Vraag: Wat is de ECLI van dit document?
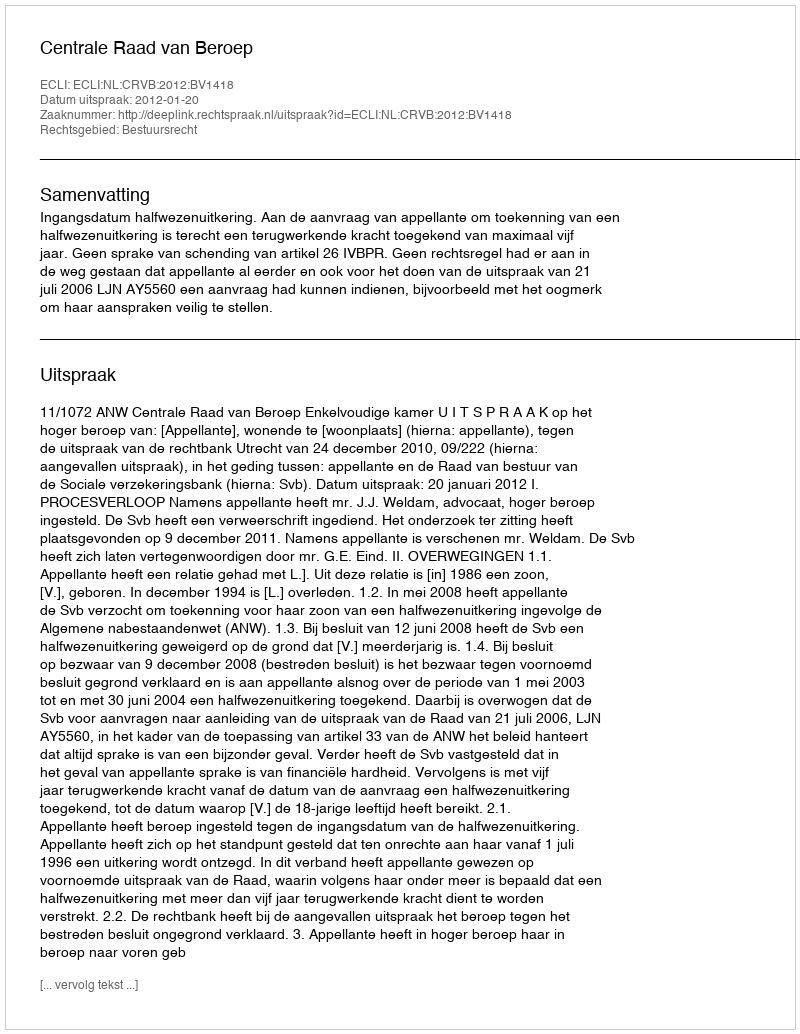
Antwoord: ECLI:NL:CRVB:2012:BV1418